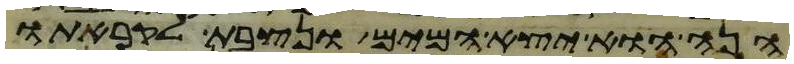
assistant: הנה הוא יצא המים ונצבת לקראתו